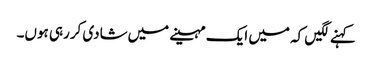
کہنے لگیں کہ میں ایک مہینے میں‌شادی کررہی ہوں۔